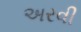
અરવી